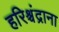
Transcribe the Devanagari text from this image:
हरिश्चंद्राना